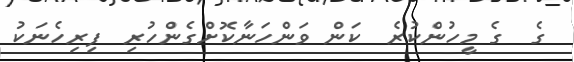
ގެ  ގެ މީހުންކުރެ  ކަން ވަންހަނާކޮށްގެންހުރި  ފިރިހެނަކު